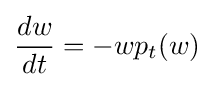
{\frac {dw}{dt}}=-wp_{t}(w)